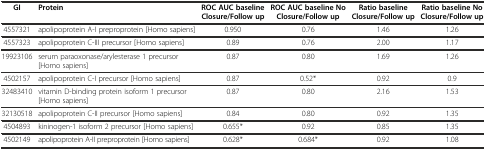
| GI | Protein | ROC AUC baseline Closure/Follow up | ROC AUC baseline No Closure/Follow up | Ratio baseline Closure/Follow up | Ratio baseline No Closure/Follow up |
 | --- | --- | --- | --- | --- | --- |
 | 4557321 | apolipoprotein A-I preproprotein [Homo sapiens] | 0.950 | 0.76 | 1.46 | 1.26 |
 | 4557323 | apolipoprotein C-III precursor [Homo sapiens] | 0.89 | 0.76 | 2.00 | 1.17 |
 | 19923106 | serum paraoxonase/arylesterase 1 precursor [Homo sapiens] | 0.87 | 0.80 | 1.69 | 1.26 |
 | 4502157 | apolipoprotein C-I precursor [Homo sapiens] | 0.87 | 0.52* | 0.92 | 0.9 |
 | 32483410 | vitamin D-binding protein isoform 1 precursor [Homo sapiens] | 0.87 | 0.80 | 2.16 | 1.53 |
 | 32130518 | apolipoprotein C-II precursor [Homo sapiens] | 0.84 | 0.80 | 0.92 | 1.35 |
 | 4504893 | kininogen-1 isoform 2 precursor [Homo sapiens] | 0.655* | 0.92 | 0.85 | 1.35 |
 | 4502149 | apolipoprotein A-II preproprotein [Homo sapiens] | 0.628* | 0.684* | 0.92 | 1.08 |